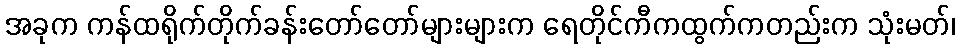
အခုက ကန်ထရိုက်တိုက်ခန်းတော်တော်များများက ရေတိုင်ကီကထွက်ကတည်းက သုံးမတ်၊